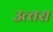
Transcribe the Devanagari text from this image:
उत्‍तरा